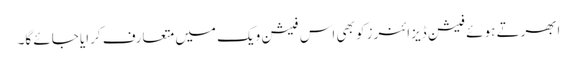
ابھرتے ہوئے فیشن ڈیزائنرز کو بھی اس فیشن ویک میں متعارف کرایا جائے گا۔